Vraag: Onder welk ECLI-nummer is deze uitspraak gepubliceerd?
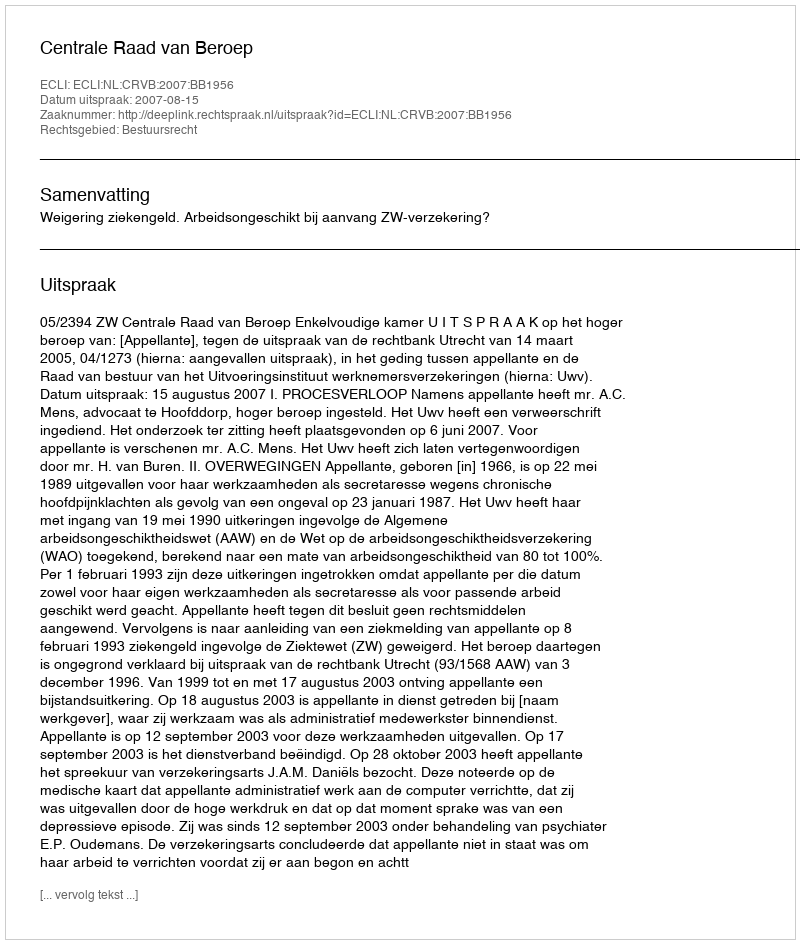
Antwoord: ECLI:NL:CRVB:2007:BB1956